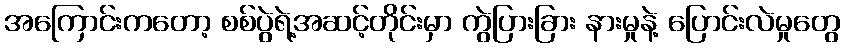
အကြောင်းကတော့ စစ်ပွဲရဲ့အဆင့်တိုင်းမှာ ကွဲပြားခြား နားမှုနဲ့ ပြောင်းလဲမှုတွေ